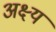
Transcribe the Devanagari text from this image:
अक्ष्य